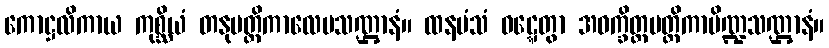
ကောဋ္ဌလိကာယ ကုစ္ဆိယံ တနုမတ္တိကာလေပသဏ္ဌာနံ။ ထနမံသံ ဝဋ္ဋေတွာ အဝက္ခိတ္တမတ္တိကာပိဏ္ဍသဏ္ဌာနံ။